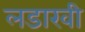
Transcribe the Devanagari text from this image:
लडाखी